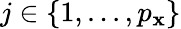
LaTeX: j\in\{ 1,...,p_{\mathbf{x}}\}